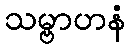
သမ္ဗာဟနံ